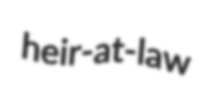
heir-at-law